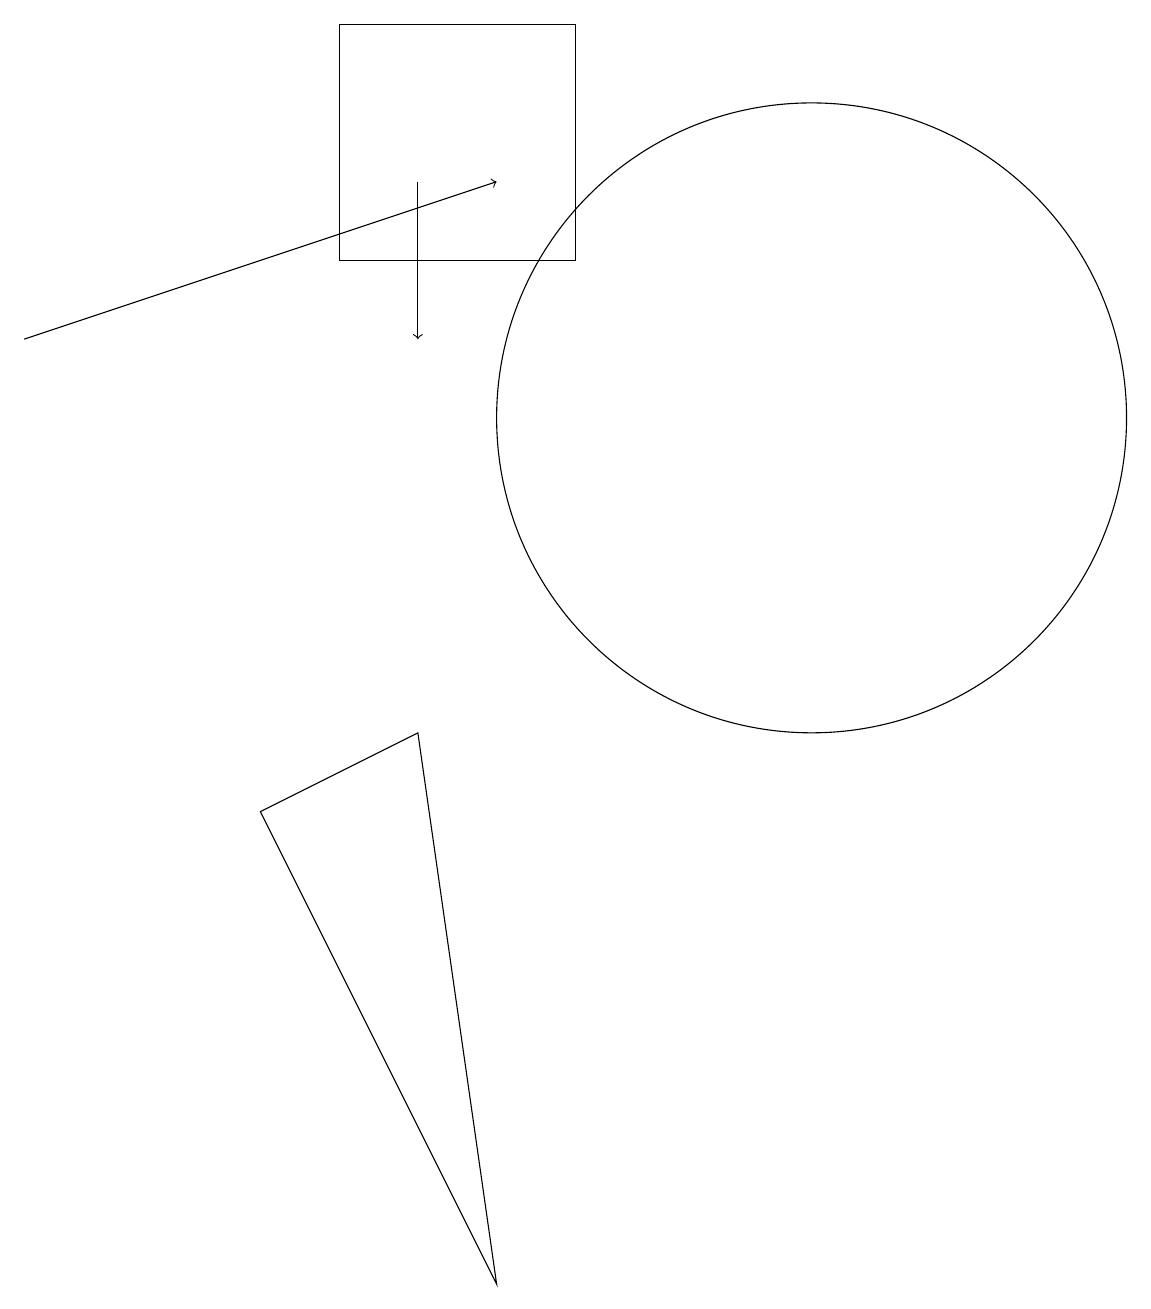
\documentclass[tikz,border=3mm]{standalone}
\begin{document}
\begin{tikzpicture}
\draw (10,11) circle (4);
\draw (7,16) rectangle (4,13);
\draw[->] (0,12) -- (6,14);
\draw[->] (5,14) -- (5,12);
\draw (5,7) -- (6,0) -- (3,6) -- cycle;
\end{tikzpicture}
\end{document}